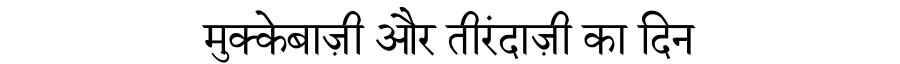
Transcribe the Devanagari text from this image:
मुक्केबाज़ी और तीरंदाज़ी का दिन